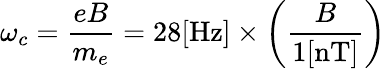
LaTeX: \omega_{c}=\frac{eB}{m_{e}}=28[\mathrm{Hz}]\times\left(\frac{B}{1[\mathrm{nT}]}\right)